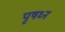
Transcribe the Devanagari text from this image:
पृषध्न